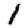
Digit: 1